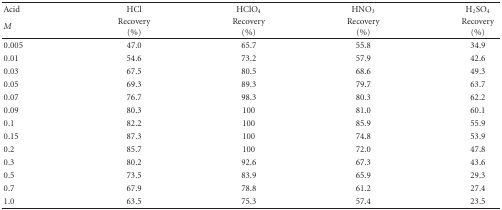
<table><thead><tr><td><b>Acid</b></td><td><b>HCl</b></td><td><b>HClO<sub>4</sub></b></td><td><b>HNO<sub>3</sub></b></td><td><b>H<sub>2</sub>SO<sub>4</sub></b></td></tr><tr><td><b><i>M</i></b></td><td><b>Recovery (%)</b></td><td><b>Recovery (%)</b></td><td><b>Recovery (%)</b></td><td><b>Recovery (%)</b></td></tr></thead><tbody><tr><td>0.005</td><td>47.0</td><td>65.7</td><td>55.8</td><td>34.9</td></tr><tr><td>0.01</td><td>54.6</td><td>73.2</td><td>57.9</td><td>42.6</td></tr><tr><td>0.03</td><td>67.5</td><td>80.5</td><td>68.6</td><td>49.3</td></tr><tr><td>0.05</td><td>69.3</td><td>89.3</td><td>79.7</td><td>63.7</td></tr><tr><td>0.07</td><td>76.7</td><td>98.3</td><td>80.3</td><td>62.2</td></tr><tr><td>0.09</td><td>80.3</td><td>100</td><td>81.0</td><td>60.1</td></tr><tr><td>0.1</td><td>82.2</td><td>100</td><td>85.9</td><td>55.9</td></tr><tr><td>0.15</td><td>87.3</td><td>100</td><td>74.8</td><td>53.9</td></tr><tr><td>0.2</td><td>85.7</td><td>100</td><td>72.0</td><td>47.8</td></tr><tr><td>0.3</td><td>80.2</td><td>92.6</td><td>67.3</td><td>43.6</td></tr><tr><td>0.5</td><td>73.5</td><td>83.9</td><td>65.9</td><td>29.3</td></tr><tr><td>0.7</td><td>67.9</td><td>78.8</td><td>61.2</td><td>27.4</td></tr><tr><td>1.0</td><td>63.5</td><td>75.3</td><td>57.4</td><td>23.5</td></tr></tbody></table>